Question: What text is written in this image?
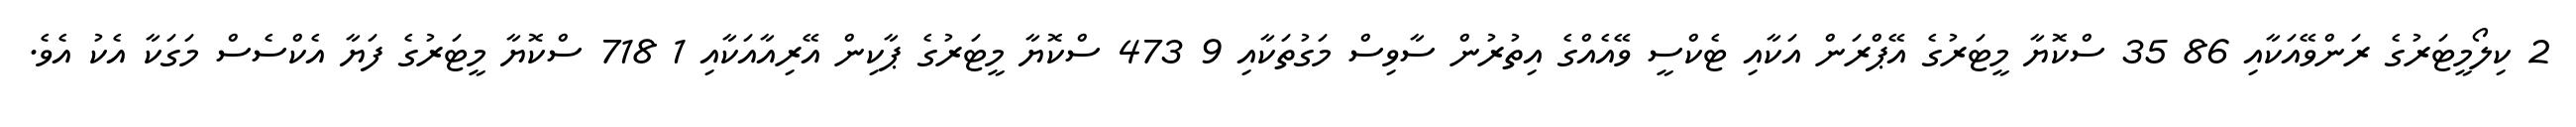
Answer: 2 ކިލޯމީޓަރުގެ ރަންވޭއަކާއި 86 35 ސްކޮޔާ މީޓަރުގެ އޭޕްރަން އަކާއި ޓެކްސީ ވޭއެއްގެ އިތުރުން ސާވިސް މަގުތަކާއި 9 473 ސްކޮޔާ މީޓަރުގެ ޕާކިން އޭރިއާއަކާއި 1 718 ސްކޮޔާ މީޓަރުގެ ފަޔާ އެކްސެސް މަގަކާ އެކު އެވެ.